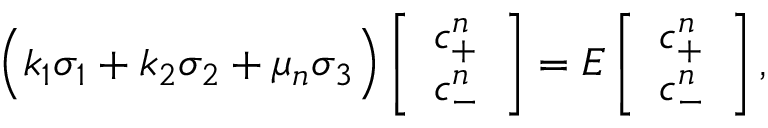
\begin{array} { r } { \Big ( k _ { 1 } \sigma _ { 1 } + k _ { 2 } \sigma _ { 2 } + \mu _ { n } \sigma _ { 3 } \Big ) \left[ \begin{array} { l } { c _ { + } ^ { n } } \\ { c _ { - } ^ { n } } \end{array} \right] = E \left[ \begin{array} { l } { c _ { + } ^ { n } } \\ { c _ { - } ^ { n } } \end{array} \right] , } \end{array}